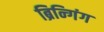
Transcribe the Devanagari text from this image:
ब्रिन्गिंग